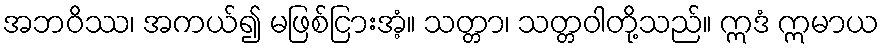
အဘဝိဿ၊ အကယ်၍ မဖြစ်ငြားအံ့။ သတ္တာ၊ သတ္တဝါတို့သည်။ ဣဒံ ဣမာယ